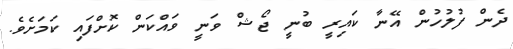
ދެން ފުލުހުން އޭނާ ކައިރީ ބުނީ ޖޯޝް ވަނީ ވައްކަން ކޮށްފައި ކަމަށެވެ.